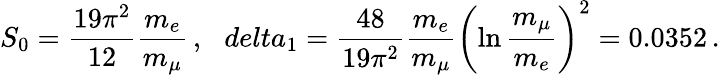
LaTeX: S_{0}=\frac{19\pi^{2}}{12}\frac{m_{e}}{m_{\mu}}\, ,\ \ \, delta_{1}=\frac{48}{19\pi^{2}}\frac{m_{e}}{m_{\mu}}\left(\ln\frac{m_{\mu}}{m_{e}}\right)^{2}=0.0352\, .